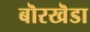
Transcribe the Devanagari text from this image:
बॊरखॆडा